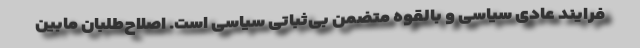
فرایند عادی سیاسی و بالقوه متضمن بی‌ثباتی سیاسی است. اصلاح‌طلبان مابین